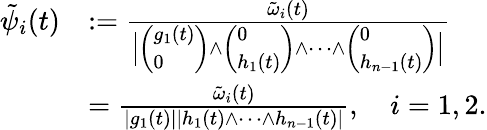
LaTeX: \begin{array}{rl}{\tilde{\psi}_{i}(t)}&{:=\frac{\tilde{\omega}_{i}(t)}{\Big|\left(\begin{array}{l}{g_{1}(t)}\\ {0}\end{array}\right)\wedge\left(\begin{array}{l}{0}\\ {h_{1}(t)}\end{array}\right)\wedge\dots\wedge\left(\begin{array}{l}{0}\\ {h_{n-1}(t)}\end{array}\right)\Big|}}\\ &{=\frac{\tilde{\omega}_{i}(t)}{|g_{1}(t)||h_{1}(t)\wedge\dots\wedge h_{n-1}(t)|},\quad i=1,2.}\end{array}